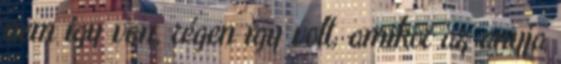
nem így van, régen így volt, amikor az anyja